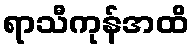
ရာသီကုန်အထိ